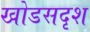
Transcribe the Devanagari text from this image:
खोडसदृश